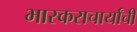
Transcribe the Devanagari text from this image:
भास्कराचार्यांची